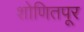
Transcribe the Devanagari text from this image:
शोणितपूर